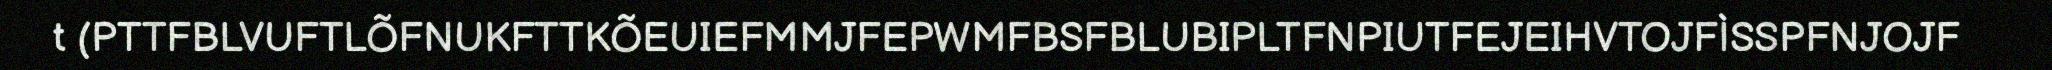
t (PTTFBLVUFTLÕFNUKFTTKÕEUIEFMMJFEPWMFBSFBLUBIPLTFNPIUTFEJEIHVTOJFÌSSPFNJOJF